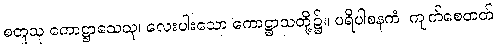
စတူသု ကောဋ္ဌာသေသု၊ လေးပါးသော ကောဋ္ဌာသတို့၌။ ပရိပါစနကံ၊ ကျက်စေတတ်